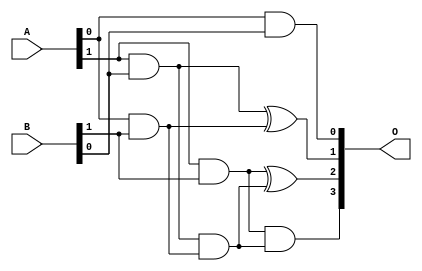


module mul2_vedic(A, B, O);
		input[1:0] A, B;
		output[3:0] O;
	
		wire A0B0, A0B1, A1B0, A1B1, s1_cArry, s2_cArry;
		
		assign A0B0 = (A[0] & B[0]);
		assign A0B1 = (A[0] & B[1]);
		assign A1B0 = (A[1] & B[0]);
		assign A1B1 = (A[1] & B[1]);
		
		assign O[0] = A0B0;
		assign O[1] = (A1B0 ^ A0B1);
		assign s1_cArry = (A1B0 & A0B1);
		assign O[2] = (A1B1 ^ s1_cArry);
		assign s2_cArry = (A1B1 & s1_cArry);
		assign O[3] = s2_cArry;

endmodule